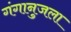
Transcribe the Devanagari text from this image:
गंगानुजला